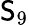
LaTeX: \mathsf{S}_{9}